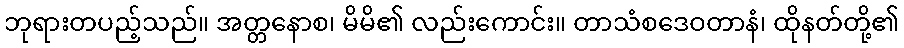
ဘုရားတပည့်သည်။ အတ္တနောစ၊ မိမိ၏ လည်းကောင်း။ တာသံစဒေဝတာနံ၊ ထိုနတ်တို့၏